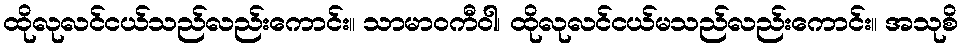
ထိုလုလင်ငယ်သည်လည်းကောင်း။ သာမာဝကီဝါ၊ ထိုလုလင်ငယ်မသည်လည်းကောင်း။ အသုစိ